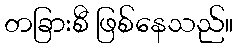
တခြားစီ ဖြစ်နေသည်။